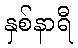
နှစ်နာရီ